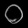
Digit: ၀